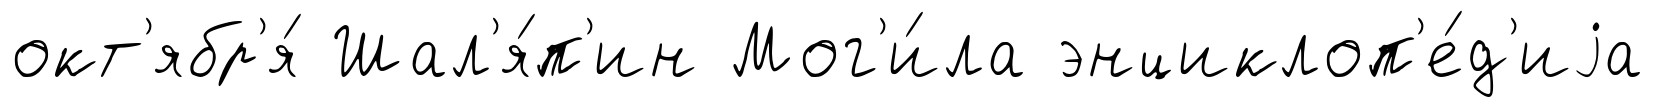
окт'ябр'я́ Шал'я́п'ин Мог'и́ла энциклоп'е́д'иjа